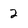
Character: 2